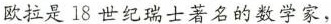
欧拉是18世纪瑞士著名的数学家，